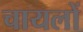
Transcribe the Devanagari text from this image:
चायलों